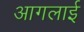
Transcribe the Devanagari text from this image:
आगलाई